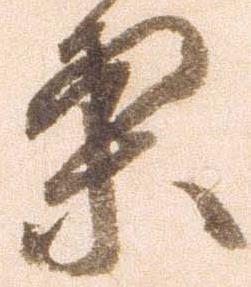
案